Observations on rabies - Number 36
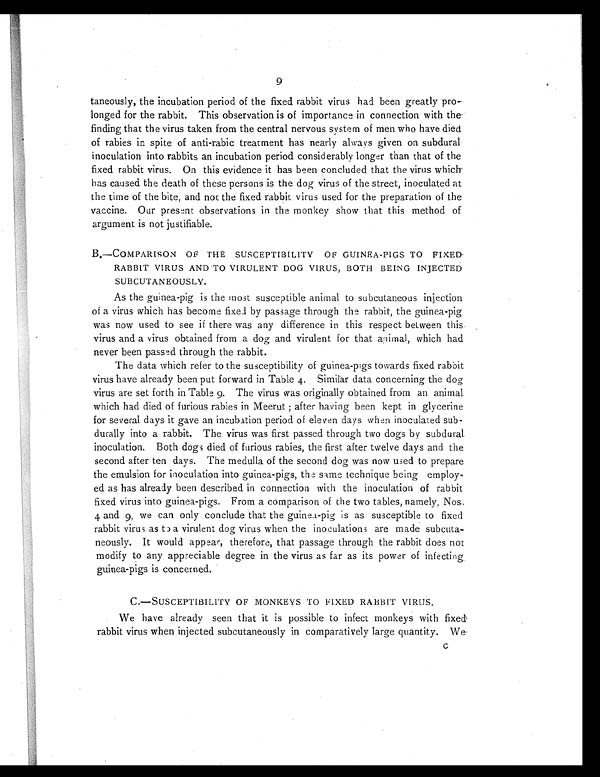
9
taneously, the incubation period of the fixed rabbit virus had been greatly pro-
longed for the rabbit. This observation is of importance in connection with the
finding that the virus taken from the central nervous system of men who have died
of rabies in spite of anti-rabic treatment has nearly always given on subdural
inoculation into rabbits an incubation period considerably longer than that of the
fixed rabbit virus. On this evidence it has been concluded that the virus which
has caused the death of these persons is the dog virus of the street, inoculated at
the time of the bite, and not the fixed rabbit virus used for the preparation of the
vaccine. Our present observations in the monkey show that this method of
argument is not justifiable.
B.—COMPARISON OF THE SUSCEPTIBILITY OF GUINEA-PIGS TO FIXED
RABBIT VIRUS AND TO VIRULENT DOG VIRUS, BOTH BEING INJECTED
SUBCUTANEOUSLY.
As the guinea-pig is the most susceptible animal to subcutaneous injection
of a virus which has become fixed by passage through the rabbit, the guinea-pig
was now used to see if there was any difference in this respect between this
virus and a virus obtained from a dog and virulent for that animal, which had
never been passed through the rabbit.
The data which refer to the susceptibility of guinea-pigs towards fixed rabbit
virus have already been put forward in Table 4. Similar data concerning the dog
virus are set forth in Table 9. The virus was originally obtained from an animal
which had died of furious rabies in Meerut; after having been kept in glycerine
for several days it gave an incubation period of eleven days when inoculated sub-
durally into a rabbit. The virus was first passed through two dogs by subdural
inoculation. Both dogs died of furious rabies, the first after twelve days and the
second after ten days. The medulla of the second dog was now used to prepare
the emulsion for inoculation into guinea-pigs, the same technique being employ-
ed as has already been described in connection with the inoculation of rabbit
fixed virus into guinea-pigs. From a comparison of the two tables, namely, Nos.
4 and 9, we can only conclude that the guinea-pig is as susceptible to fixed
rabbit virus as to a virulent dog virus when the inoculations are made subcuta-
neously. It would appear, therefore, that passage through the rabbit does not
modify to any appreciable degree in the virus as far as its power of infecting
guinea-pigs is concerned.
C.—SUSCEPTIBILITY OF MONKEYS TO FIXED RABBIT VIRUS.
We have already seen that it is possible to infect monkeys with fixed
rabbit virus when injected subcutaneously in comparatively large quantity. We
c